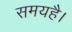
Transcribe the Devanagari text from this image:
समयहै।